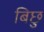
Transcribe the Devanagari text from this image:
बिछु